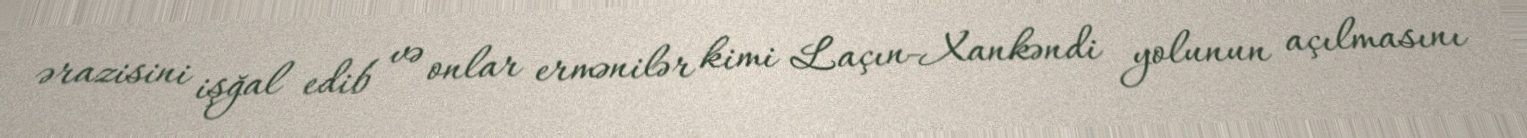
ərazisini işğal edib və onlar ermənilər kimi Laçın-Xankəndi yolunun açılmasını